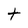
Character: t